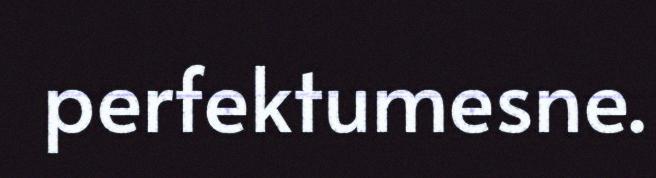
perfektumesne.